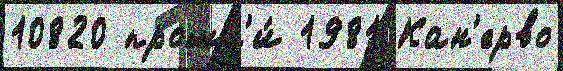
10820 прошл'и́ 1981 Кан'ерво